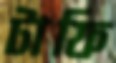
টাফি